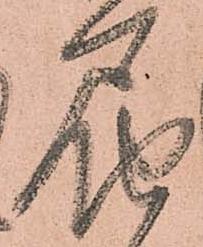
届